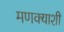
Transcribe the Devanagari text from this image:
मणक्याशी